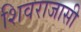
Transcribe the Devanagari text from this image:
शिवराजासी